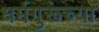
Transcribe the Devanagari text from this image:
धर्मगुरूंच्या